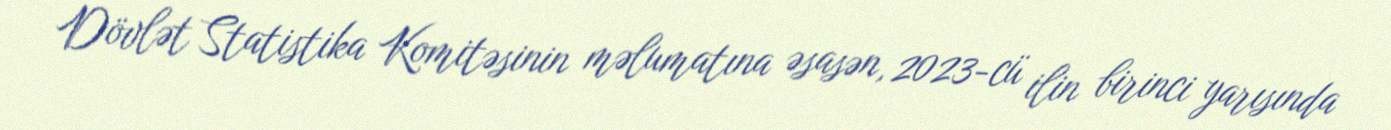
Dövlət Statistika Komitəsinin məlumatına əsasən, 2023-cü ilin birinci yarısında